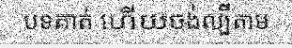
បទគាត់ ហើយចង់ល្បីតាម